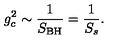
g _ { c } ^ { 2 } \sim \frac { 1 } { S _ { \mathrm { B H } } } = \frac { 1 } { S _ { s } } .